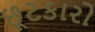
છૂટકારો